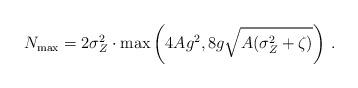
LaTeX: \begin{align*} N_{\rm max} \overset{}{=} 2\sigma_Z^2 \cdot \max \left( 4Ag^2 , 8g\sqrt{A(\sigma_Z^2+\zeta)} \right) \,.\, \end{align*}